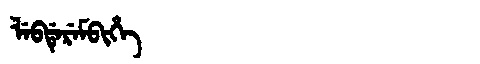
Manchu: ᠯᡝᠪᡩᡝᡵᡝᠮᠪᡳᡥᡝ
Romanization: LEBDEREMBIHE